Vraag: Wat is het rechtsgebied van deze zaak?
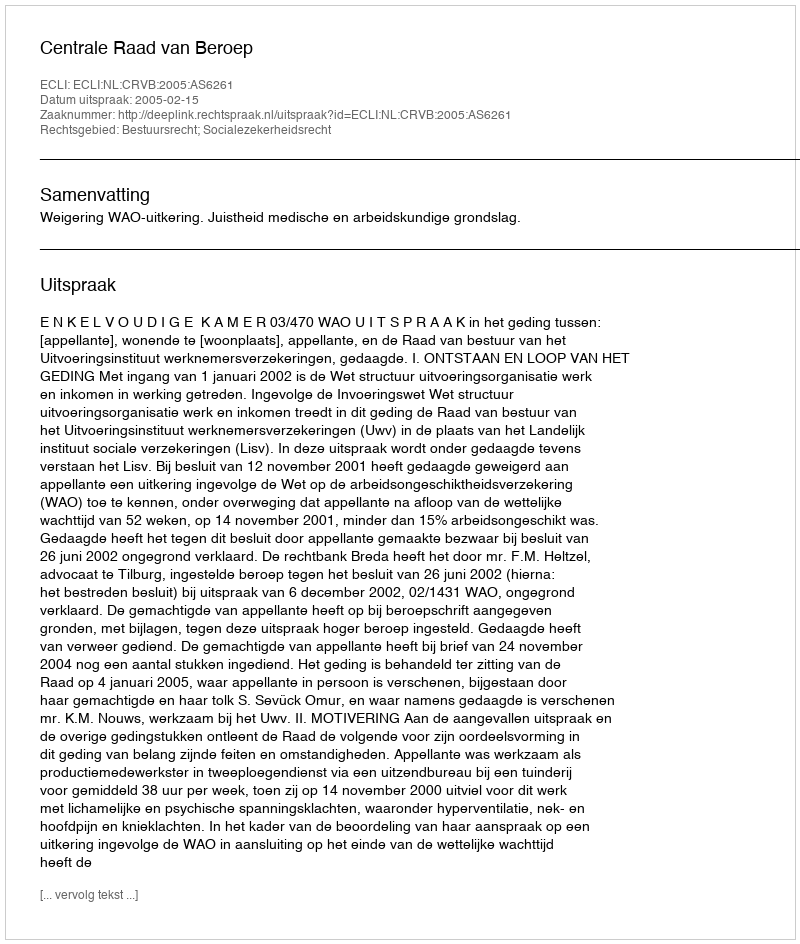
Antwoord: Bestuursrecht; Socialezekerheidsrecht